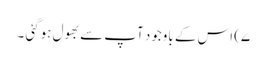
۷) اس کے باوجود آپ سے بھول ہوگئی ۔